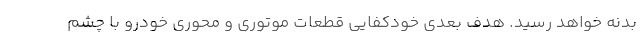
بدنه خواهد رسید. هدف بعدی خودکفایی قطعات موتوری و محوری خودرو با چشم